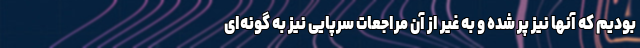
بودیم که آنها نیز پر شده و به غیر از آن مراجعات سرپایی نیز به گونه‌ای